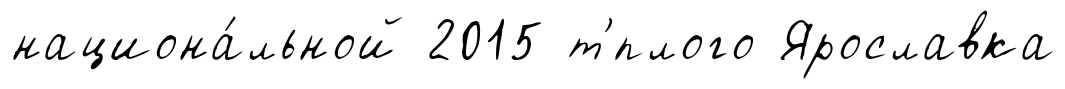
национа́льной 2015 т'́плого Ярославка